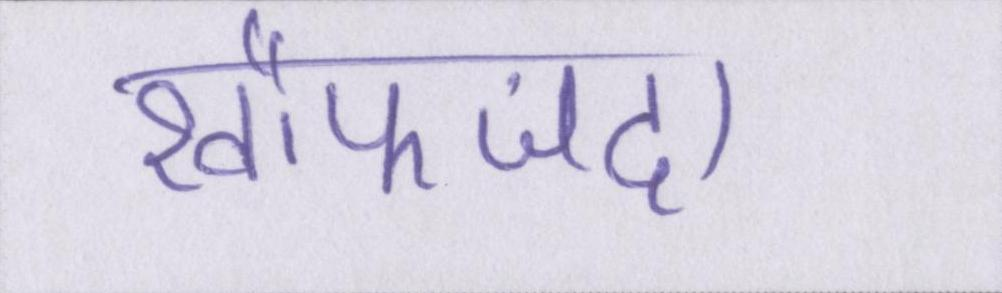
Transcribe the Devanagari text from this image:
खौफजदा